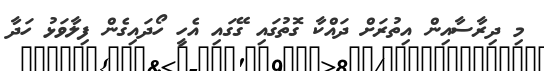
މި ދިރާސާއިން އިތުރަށް ދައްކާ ގޮތުގައި ގޭގައި އެހީ ހޯދައިގެން ފިލާވަޅު ހަދާ